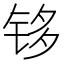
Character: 𰽹